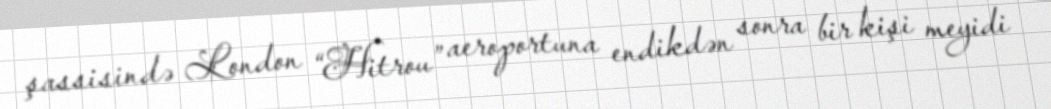
şassisində London “Hitrou” aeroportuna endikdən sonra bir kişi meyidi